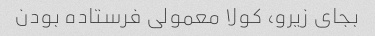
بجای زیرو، کولا معمولی فرستاده بودن